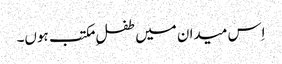
اِس میدان میں طفلِ مکتب ہوں۔